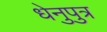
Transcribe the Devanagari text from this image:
धेनुपुत्र